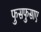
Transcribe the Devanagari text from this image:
फुसफुसाए